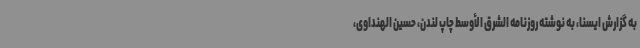
به گزارش ایسنا، به نوشته روزنامه الشرق الأوسط چاپ لندن، حسین الهنداوی،